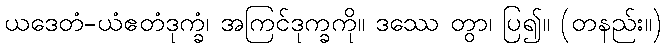
ယဒေတံ-ယံဧတံဒုက္ခံ၊ အကြင်ဒုက္ခကို။ ဒဿေ တွာ၊ ပြ၍။ (တနည်း။)